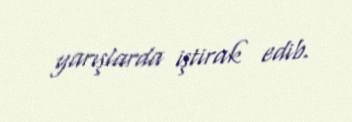
yarışlarda iştirak edib.